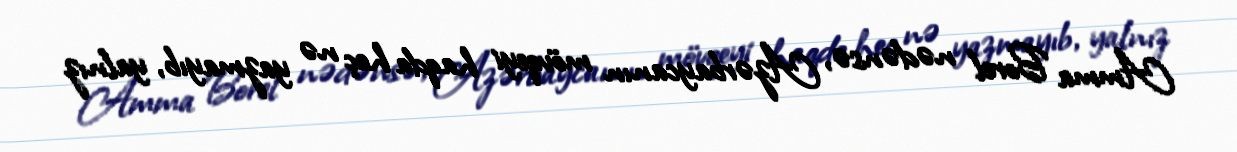
Amma Borel nədənsə, Azərbaycanın mövqeyi haqda heç nə yazmayıb, yalnız